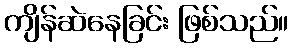
ကျိန်ဆဲနေခြင်း ဖြစ်သည်။